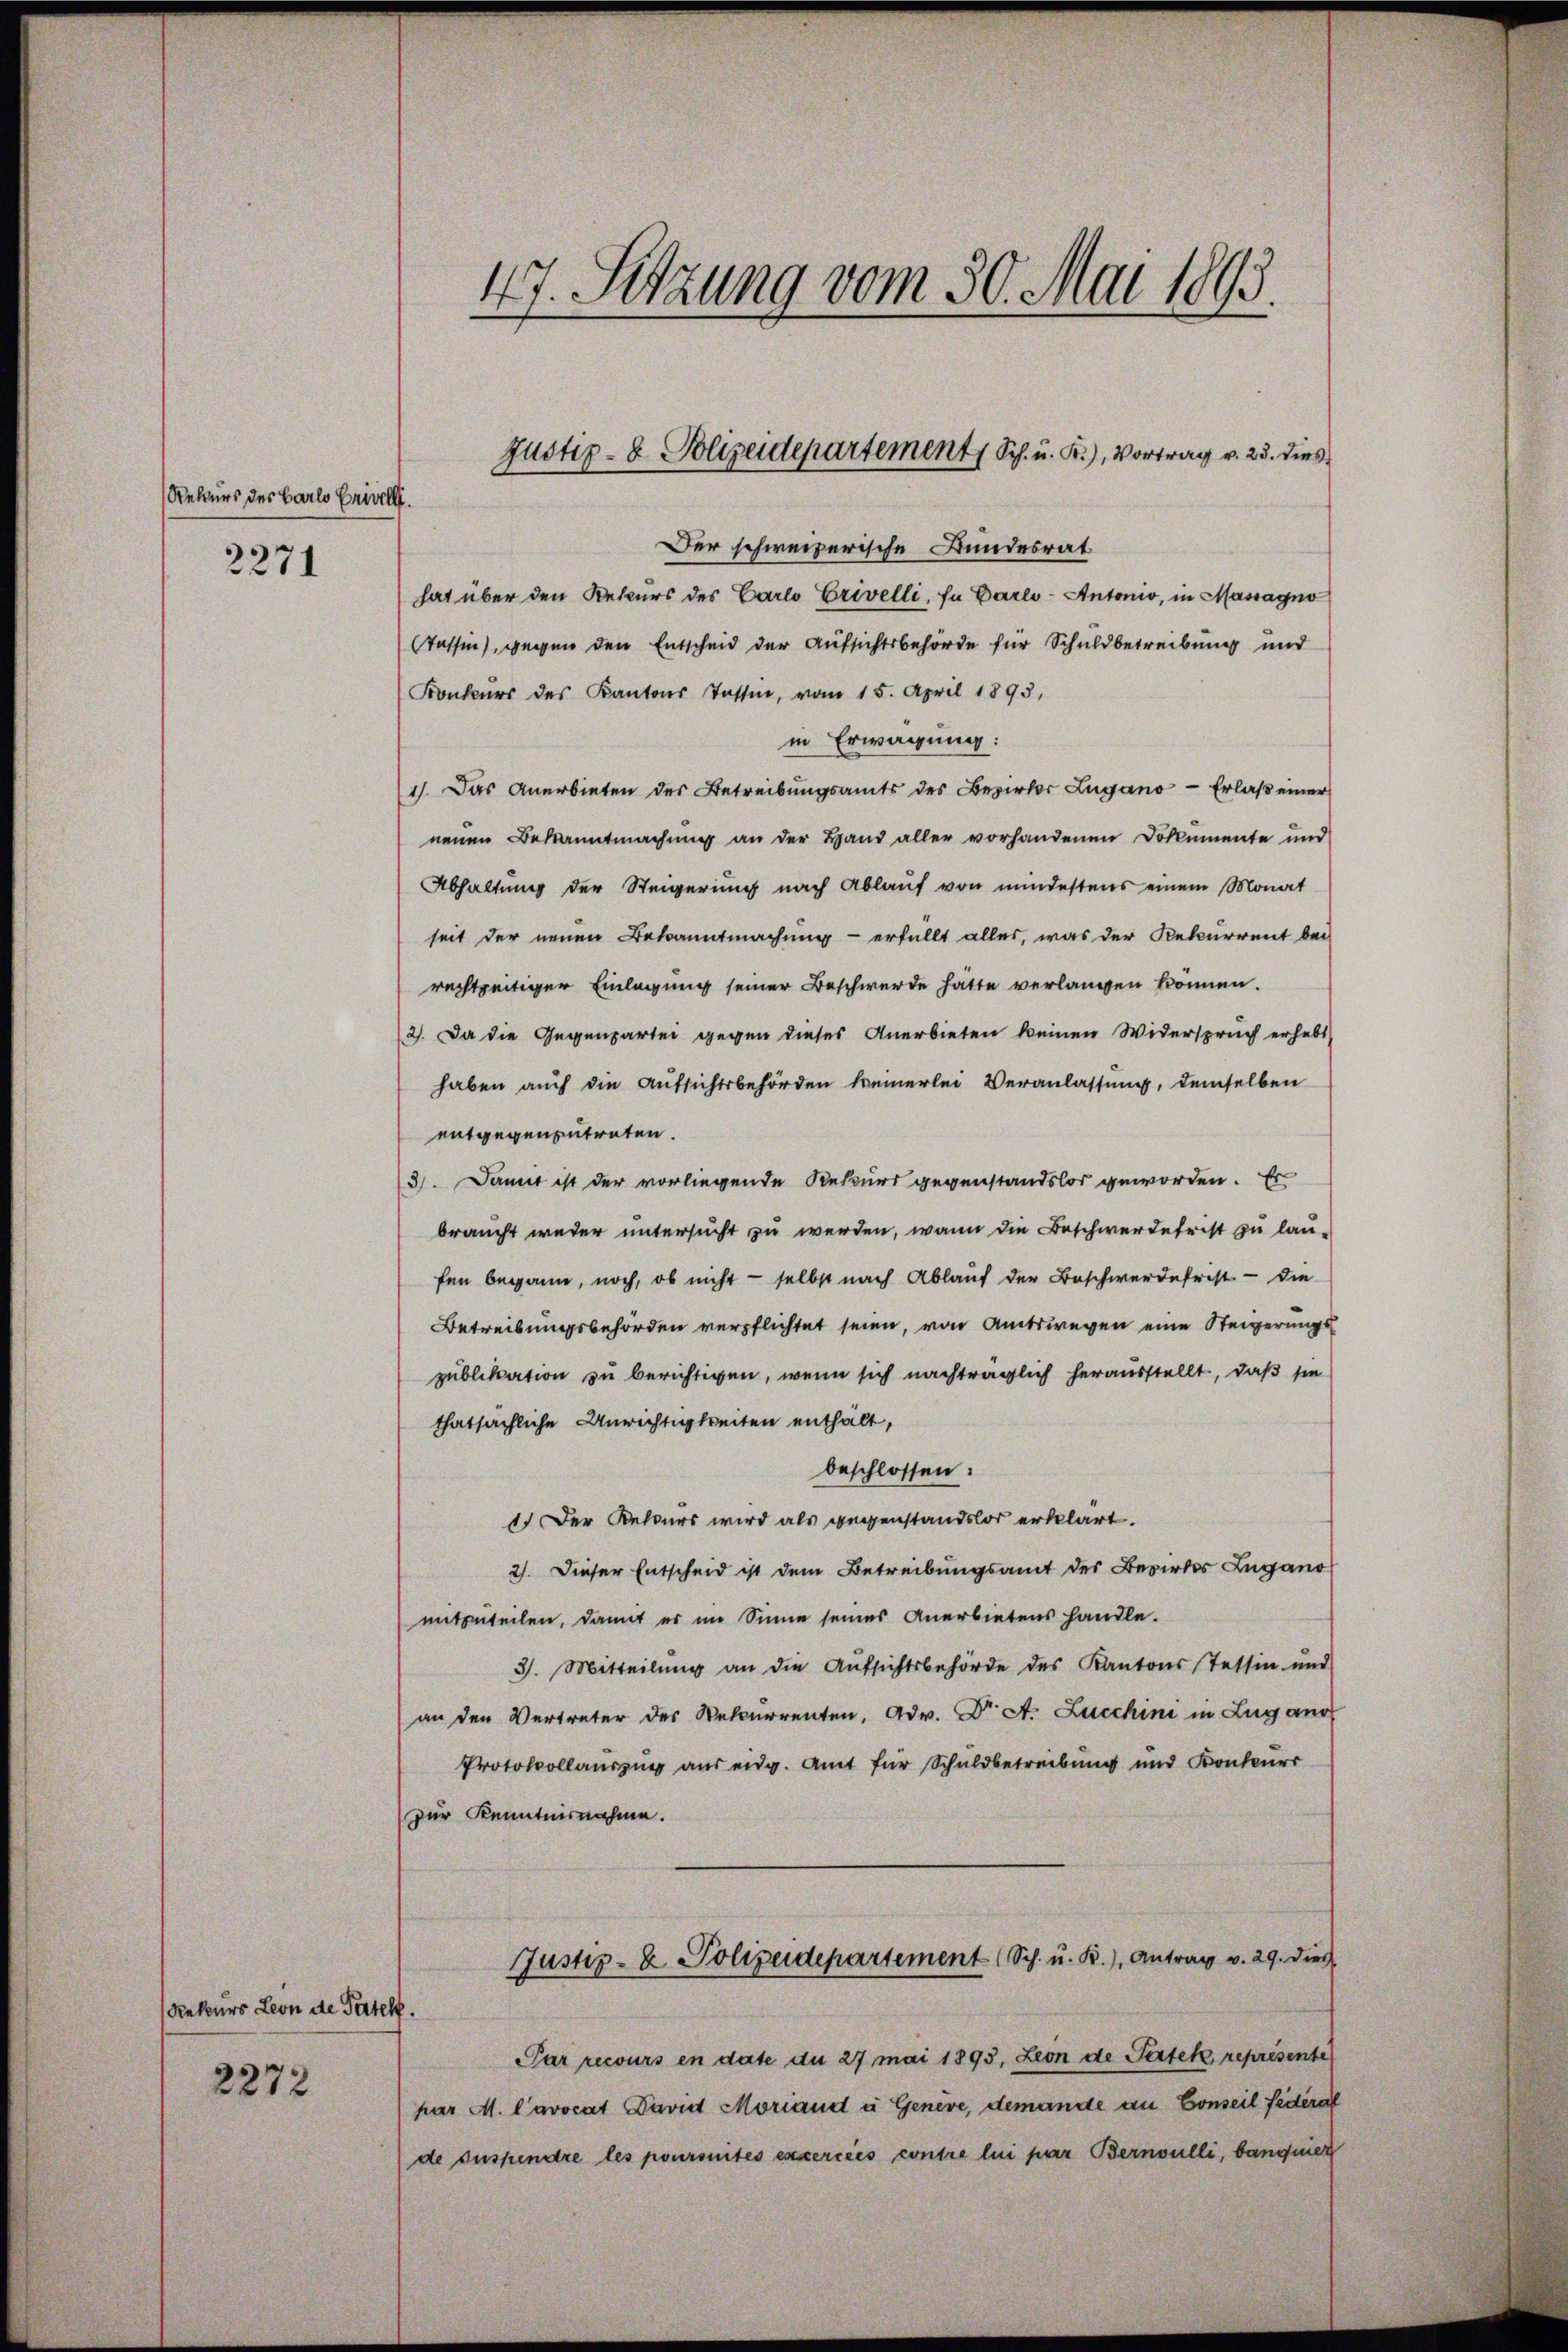
Rekurs des Barlo Erinell.

2271

Rekurs Leon de Partel.
2272

47. Setzung vom 30. Mai 1893.

Der schweizerische Bundesrat
hat über den Rekurs des Carlo Erivelli, in Carlo- Antonio, in Massagno
Aassin, gegen den Entscheid der Aufsichtsbehörde für Schuldbetreibung und
Konkurs des Kantons Tessin, vom 15. April 1893,
in Erwägung:
1). Das Anerbieten des Betreibungsamts des Bezirkes Zugano - Erlaß einer
neuen Bekanntmachung an der Hand aller vorhandenen Dokumente und
Abhaltung der Steigerung nach Ablauf von mindestens einem Monat
seit der neuen Bekanntmachung - erfüllt alles, was der Rekurrent bei
rechtzeitiger Einlagung seiner Beschwerde hatte verlangen können.
2). Da die Gegenpartei gegen dieses Anerbieten keinen Widerspruch erhebt
haben auch die Aufsichtsbehörden keinerlei Veranlassung, demselben
entgegenzutreten.
3). Damit ist der vorliegende Rekurs gegenstandslos geworden. Es
braucht weder untersucht zu werden, wann die Beschwerdefrist zu lau-
fen begann, noch, ob nicht - selbst nach Ablauf der Beschwerdefrist - die
Betreibungsbehörden verpflichtet seien, von Amtswegen eine Steigerungs
publikation zu berichtigen, wenn sich nachträglich herausstellt, daß sie
thatsächliche Unrichtigkeiten enthält,
beschlossen:
1.) Der Rekurs wird als gegenstandslos erklärt.
2). Dieser Entscheid ist dem Betreibungsamt des Bezirkes Zugano
mitzuteilen, damit er im Sinne seines Anerbietens handle.
3. Mitteilŭng an die Aŭfsichtsbehörde des Kantons Tessin und
an den Vertreter des Rekurrenten, Adv. Dr. St. Lucchini in Zug aus
Protocollauszug aus eidg. Amt für Schuldbetreibung und Konkurr
zur Kenntnisnahme.
Justiz- & Polizeidepartement (Sch. u. R.) Antrag v. 29. dies
Par recours en date du 27 mai 1893, Leon de Partek représente
har M. l’avocat David Moriand à Genere, demande an Conseil fédéral
de suspendre les poursuites excercées contre lui par Bernoulli, banquier

Justiz- & Polizeidepartement (Sch. u. K.), Vortrag v. 23. dies